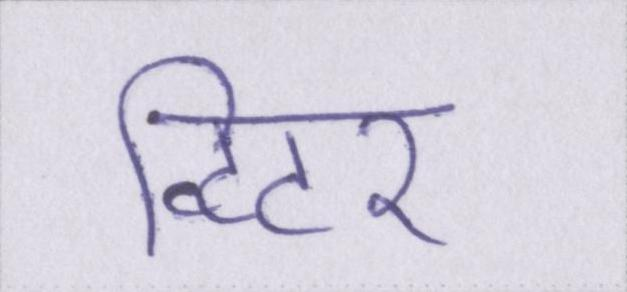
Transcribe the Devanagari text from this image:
ट्विटर